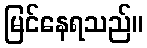
မြင်နေရသည်။